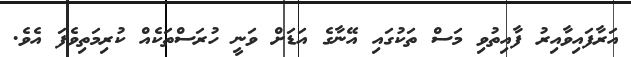
އަރާފައިވާއިރު ފާއިތުވި މަސް ތަކުގައި އޭނާގެ އަޑަށް ވަނީ ހުރަސްތަކެއް ކުރިމަތިވެފަ އެވެ.